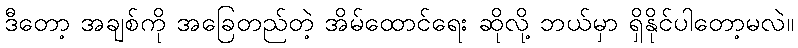
ဒီတော့ အချစ်ကို အခြေတည်တဲ့ အိမ်ထောင်ရေး ဆိုလို့ ဘယ်မှာ ရှိနိုင်ပါတော့မလဲ။